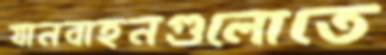
যানবাহনগুলোতে